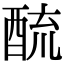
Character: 酼